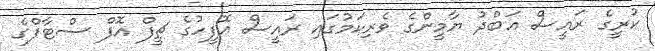
ކުރީގެ ރައީސް އަބްދު ޔާމީންގެ ވެރިކަމުގައި ރައީސް އޮފީހުގެ ޗީފް އޮފް ސްޓާފްގެ